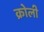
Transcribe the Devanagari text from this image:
क्रोली